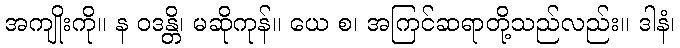
အကျိုးကို။ န ဝဒန္တိ၊ မဆိုကုန်။ ယေ စ၊ အကြင်ဆရာတို့သည်လည်း။ ဒါနံ၊